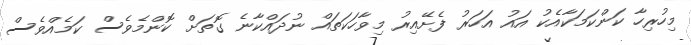
މިހުރިހާ ކަންކަމަކާއެކު އައު އަހަރު ފެށޭއިރު މިވާހަކަތައް ނުދައްކާނެ ގޮތަށް ކޮންމެވެސް ކަމެއްވެސް